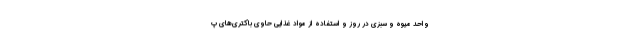
واحد میوه و سبزی در روز و استفاده از مواد غذایی حاوی باکتری‌های پ